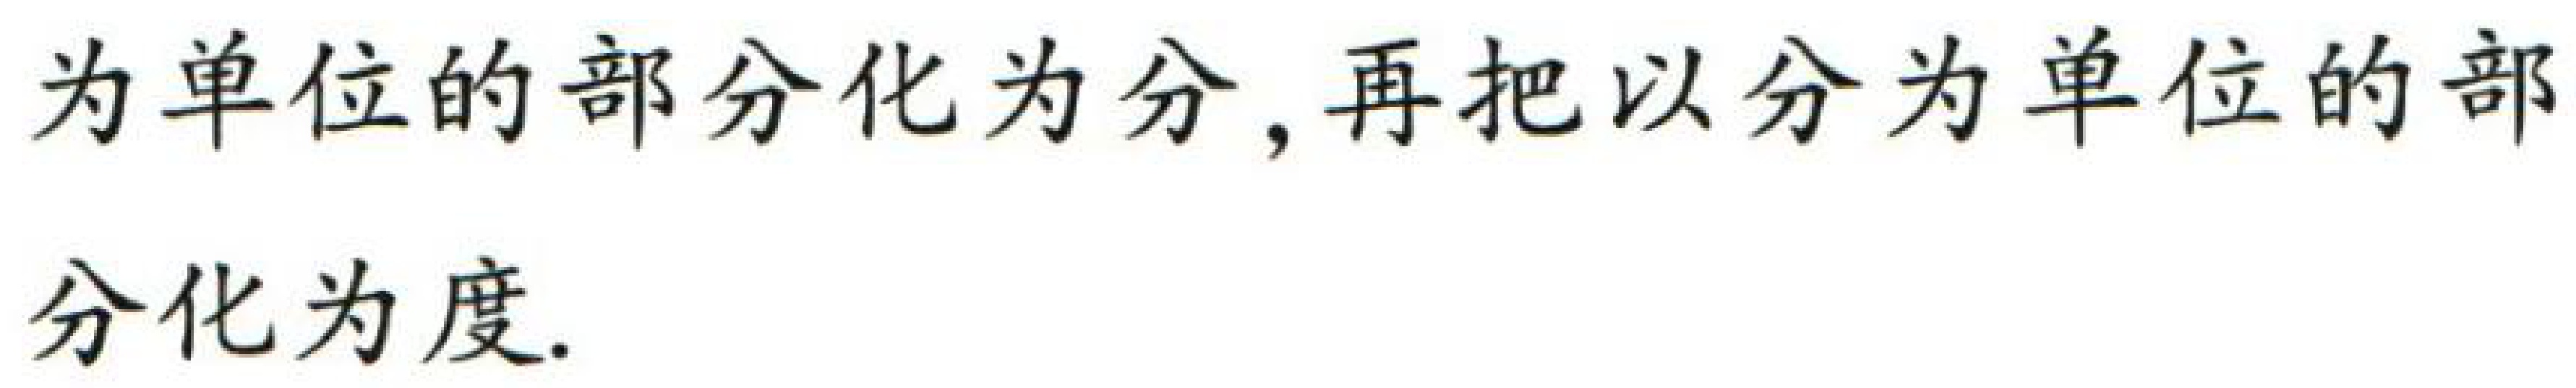
为单位的部分化为分, 再把以分为单位的部分化为度.